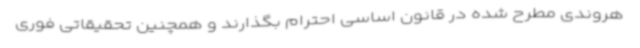
هروندی مطرح شده در قانون اساسی احترام بگذارند و همچنین تحقیقاتی فوری